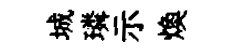
城璘示焕